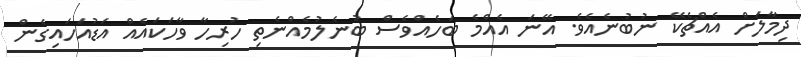
ދިމާލަށް އެއްޗެކޭ ނުބުނެއެވެ. އޭނަ އެއްމެ ބަހެއްވެސް ބުނެލުމެއްނެތި ހުރިހާ ވާހަކައެއް އަޑުއަހައިގެން